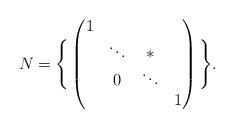
LaTeX: \begin{align*}N = \Bigg\{ \begin{pmatrix} 1 & & & \\ & \ddots & \ast & \\ & 0 & \ddots & \\ & & & 1\end{pmatrix} \Bigg\}. \end{align*}